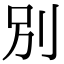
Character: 別